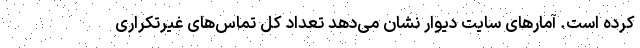
کرده است. آمارهای سایت دیوار نشان می‌دهد تعداد کل تماس‌های غیرتکراری